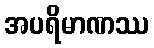
အပရိမာဏဿ